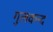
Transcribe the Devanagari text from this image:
गुलकन्द